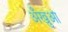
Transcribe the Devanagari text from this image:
अँखुआ